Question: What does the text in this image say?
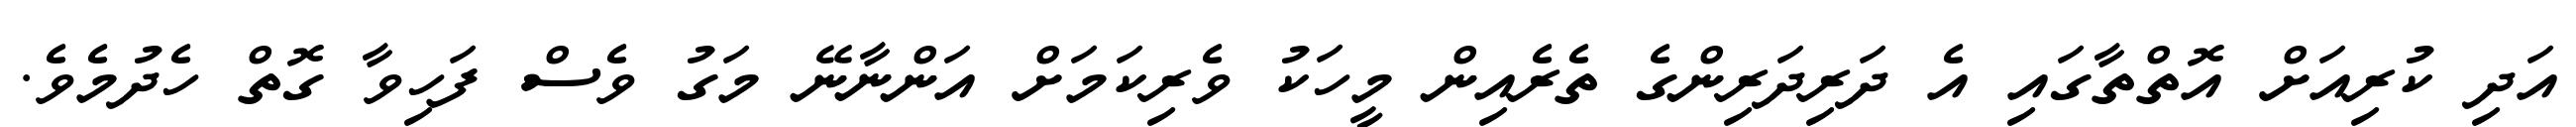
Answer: އަދި ކުރިއަށް އޮތްތާގައި އެ ދަރިދަރިންގެ ތެރެއިން މީހަކު ވެރިކަމަށް އަންނާނޭ މަގު ވެސް ފަހިވާ ގޮތް ހެދުމެވެ.